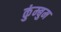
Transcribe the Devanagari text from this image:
कुंम्बुम